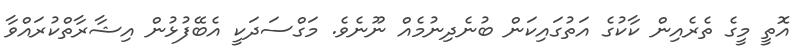
އޮތީ މީގެ ތެރެއިން ކާކުގެ އަތުގައިކަން ބުނެދިނުމެއް ނޫނެވެ. މަގްސަދަކީ އެބޭފުޅުން އިޝާރާތްކުރައްވާ